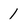
Character: 1